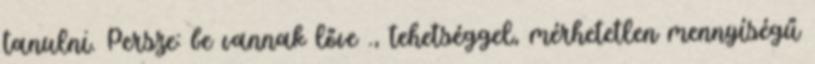
tanulni. Persze: be vannak lőve ., tehetséggel, mérhetetlen mennyíségű